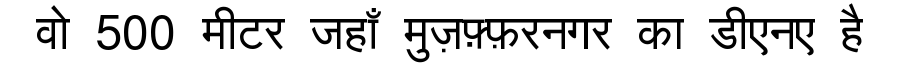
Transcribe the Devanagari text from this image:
वो 500 मीटर जहाँ मुज़फ़्फ़रनगर का डीएनए है